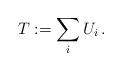
LaTeX: \begin{align*}T := \sum_i U_i\, . \end{align*}